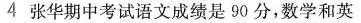
4 张华期中考试语文成绩是90分，数学和英